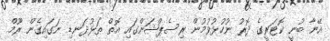
އޭނާ ބުނީ ކޮޓަރީގެ ދޮރު ނުހުޅުވުމުން ރިސެޕްޝަންގައި އޮތް ތަޅުދަނޑި ނަގައިގެން ރޫމް